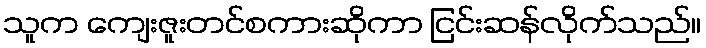
သူက ကျေးဇူးတင်စကားဆိုကာ ငြင်းဆန်လိုက်သည်။